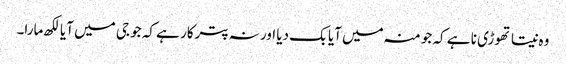
وہ نیتا تھوڑی نا ہے کہ جو منہ میں آیا بک دیا اور نہ پترکار ہے کہ جو جی میں آیا لکھ مارا۔